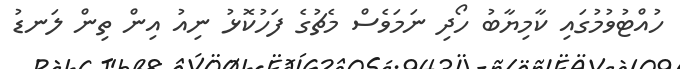
ހުއްޓުވުމުގައި ކާމިޔާބު ހޯދި ނަމަވެސް މެޗުގެ ފަހުކޮޅު ނިއު އިން ތިން ލަނޑު